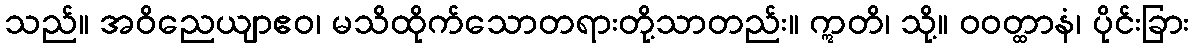
သည်။ အဝိညေယျာဧဝ၊ မသိထိုက်သောတရားတို့သာတည်း။ ဣတိ၊ သို့။ ဝဝတ္ထာနံ၊ ပိုင်းခြား